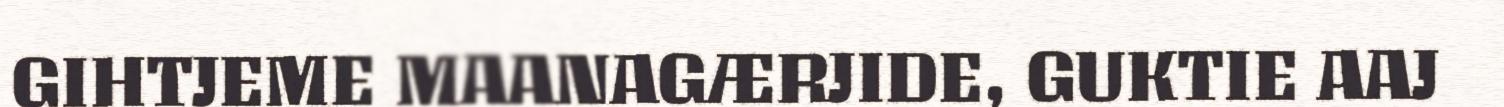
GIHTJEME MAANAGÆRJIDE, GUKTIE AAJ